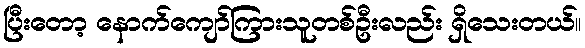
ပြီးတော့ နောက်ကျော်ကြားသူတစ်ဦးလည်း ရှိသေးတယ်။